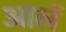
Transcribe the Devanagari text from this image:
आलॅ